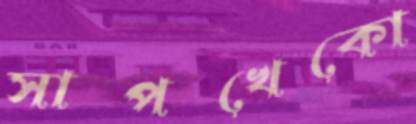
সাপখেকো